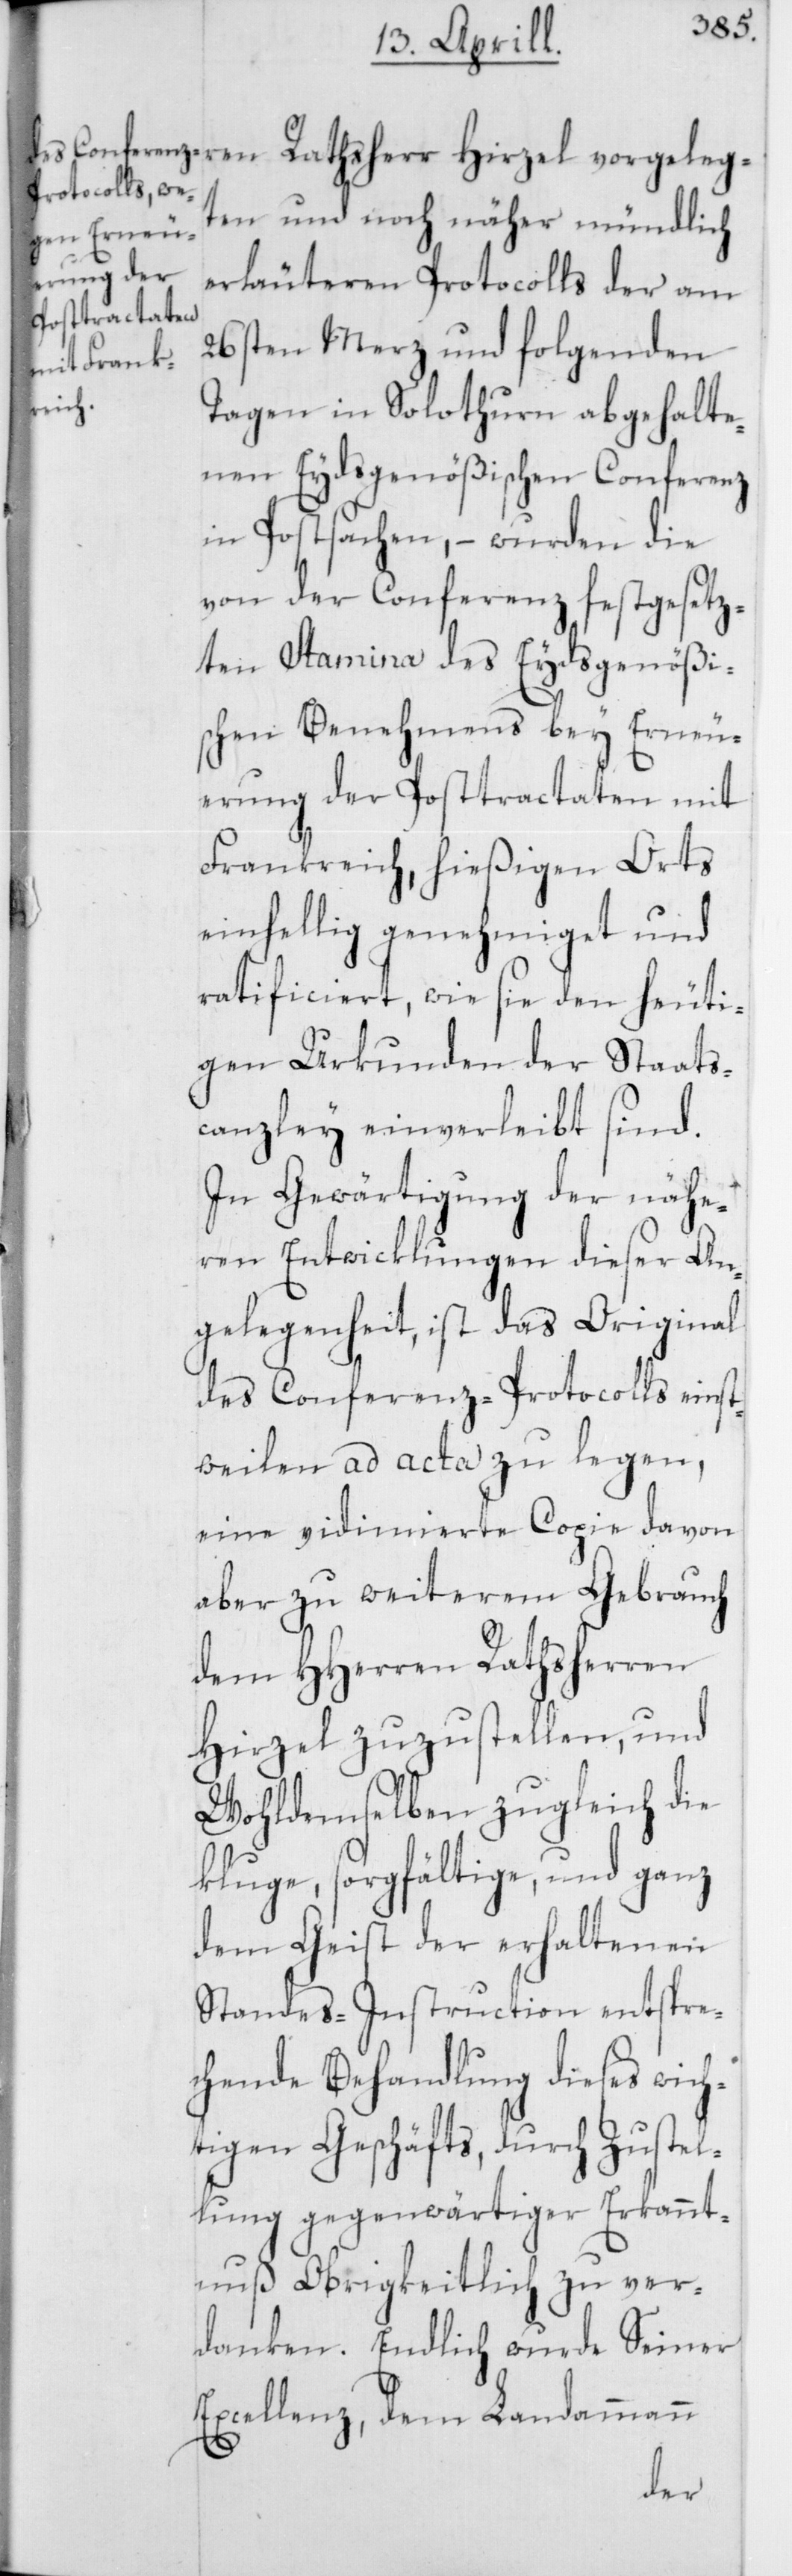
en und noch näher mündlich
erläutereten Protocolls der am
26sten Merz und folgenden
vorgelegt¬
Tagen in Solothurn abgehalte¬
nen Eydsgenößischen Conferenz
in Postsachen, – wurden die
von der Conferenz festgesez¬
ten Stamina des Eydsgenößi¬
schen Benehmens bey Erneu¬
erung der Posttractaten mit
Frankreich, hießigen Orts
einhellig genehmiget und
ratificiert, wie sie den heuti¬
gen Urkunden der Staats¬
canzley einverleibt sind.
In Gewärtigung der nähe¬
ren Entwicklungen dieser An¬
gelegenheit, ist das Original
des Conferenz-Protocolls einst¬
weilen ad acta zu legen,
eine vidimierte Copie davon
aber zu weiterem Gebrauch
dem HHerren Rathsherren
Hirzel zuzustellen, und
Wohldemselben zulgeich die
kluge, sorgfältige und ganz
dem Geist der erhaltenen
Standes-Instruction entspre¬
chende Behandlung dieses wich¬
tigen Geschäfts, durch Zustel¬
lung gegenwärtiger Erkannt¬
nuß Obrigkeitlich zu ver¬
danken. Endlich wurde Seiner
Excellenz, dem Landammann